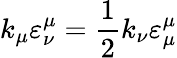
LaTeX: k_{\mu}\varepsilon_{\nu}^{\mu}=\frac{1}{2}k_{\nu}\varepsilon_{\mu}^{\mu}